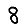
Digit: 8